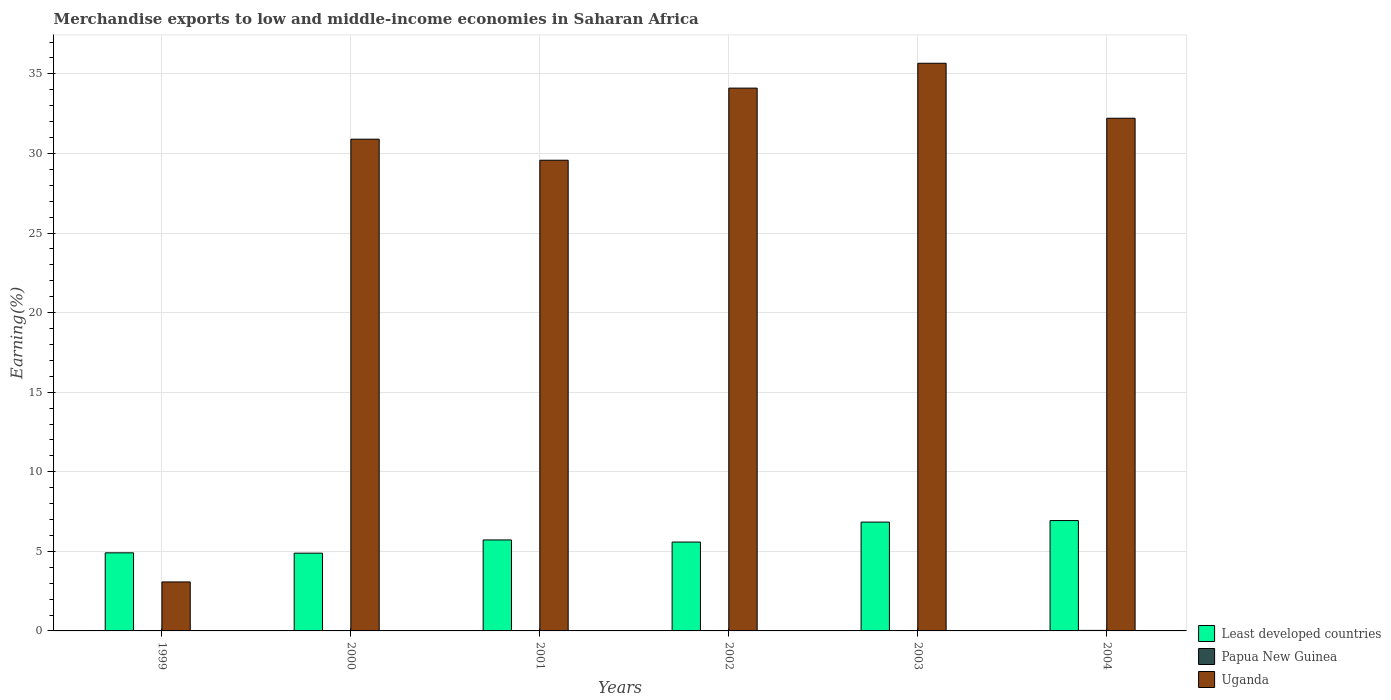
| Years | Least developed countries | Papua New Guinea | Uganda |
 | --- | --- | --- | --- |
 | 1999 | 4.91 | 0.00416 | 3.08 |
 | 2000 | 4.89 | 0.000133 | 30.9 |
 | 2001 | 5.72 | 0.00411 | 29.6 |
 | 2002 | 5.58 | 0.00173 | 34.1 |
 | 2003 | 6.84 | 0.0145 | 35.7 |
 | 2004 | 6.93 | 0.0327 | 32.2 |